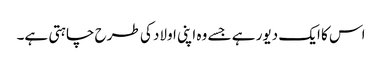
اس کا ایک دیور ہے جسے وہ اپنی اولاد کی طرح چاہتی ہے۔